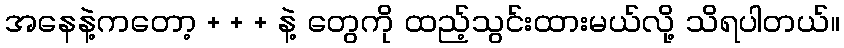
အနေနဲ့ကတော့ + + + နဲ့ တွေကို ထည့်သွင်းထားမယ်လို့ သိရပါတယ်။